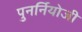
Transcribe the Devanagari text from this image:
पुनर्नियोजी